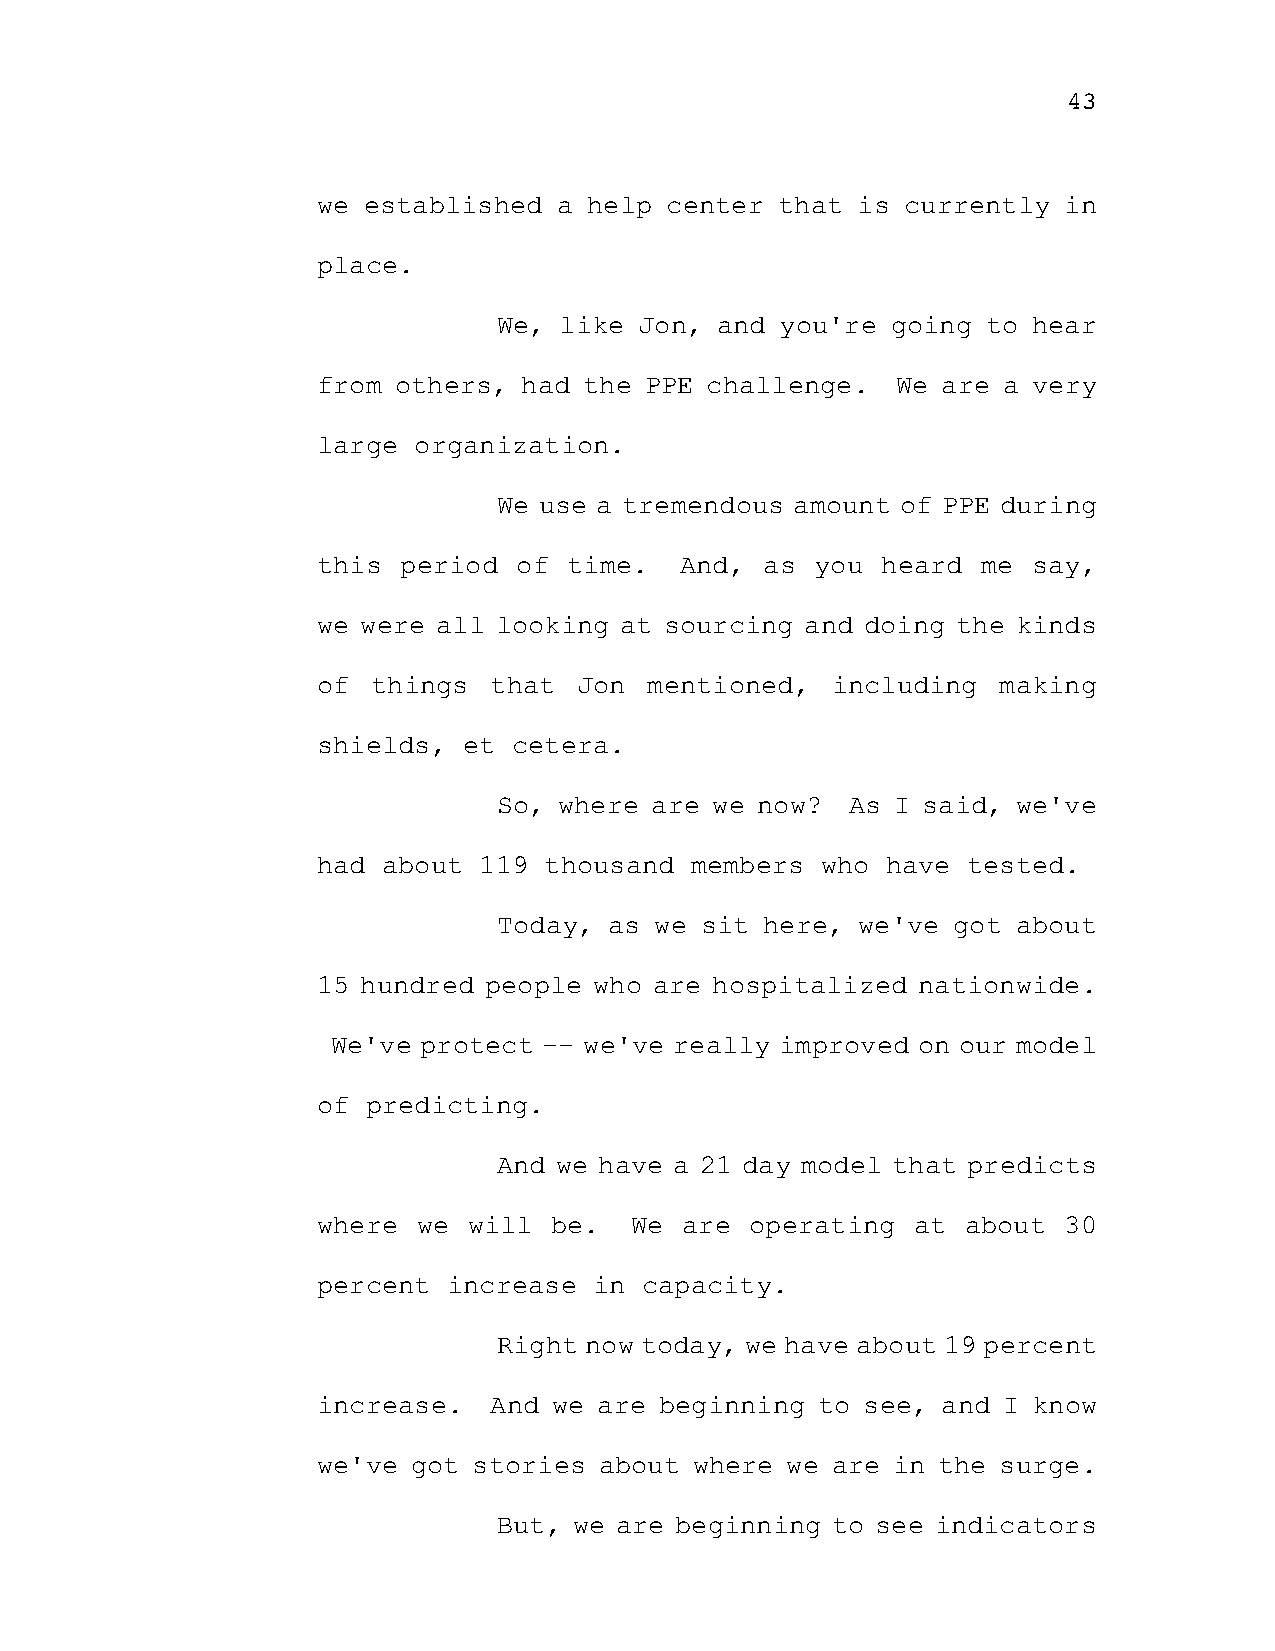
43
 we established  a help center  that is currently in
 place.
 We, like Jon, and  you're going to hear
 from others,  had the PPE challenge.  We are a very
 large organization.
 We use a tremendous amount of PPE during
 this  period of  time.  And,  as you heard  me say,
 we were all looking at sourcing and doing the kinds
 of  things that  Jon  mentioned,  including  making
 shields,  et cetera.
 So, where are we now?  As I said, we've
 had about  119 thousand  members who  have tested.
 Today, as we sit  here, we've got about
 15 hundred people who are hospitalized  nationwide.
 We've protect -- we've really improved on our model
 of predicting.
 And we have a 21 day model that predicts
 where  we will be.   We are  operating  at about 30
 percent  increase in  capacity.
 Right now today, we have about 19 percent
 increase.  And  we are beginning to see, and I know
 we've got stories  about where we are in the surge.
 But, we are beginning to see indicators